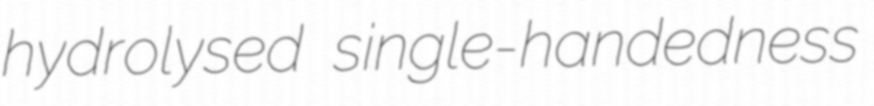
hydrolysed single-handedness